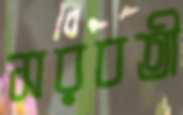
সরবতী